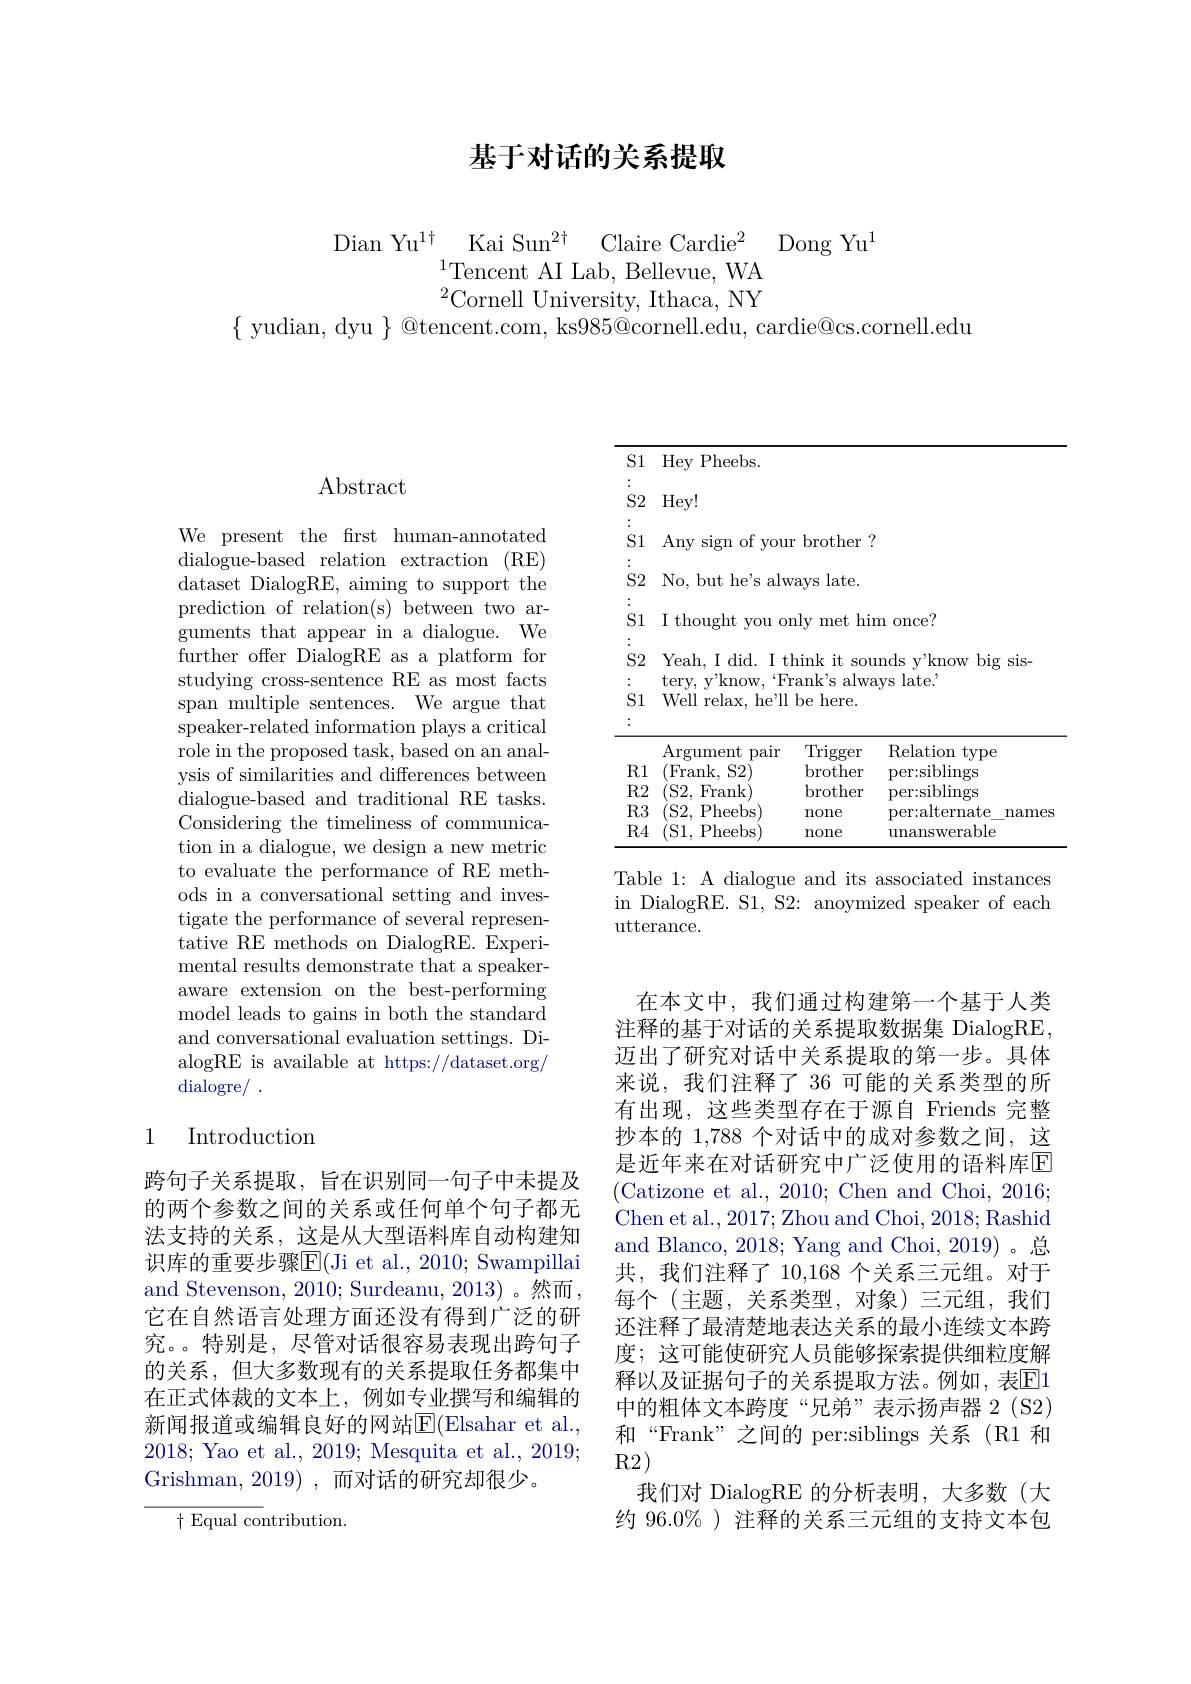
# 基于对话的关系提取

$^{2}$Cornell University, Ithaca, NY
$\{$ yudian, dyu $\}$ @tencent.com, ks$985@$cornell.edu, cardie@cs.cornell.edu

# Abstract

We present the frst human-annotated dialogue-based relation extraction (RE) dataset DialogRE, aiming to support the prediction of relation(s) between two arguments that appear in a dialogue. We further offer DialogRE as a platform for studying cross-sentence RE as most facts span multiple sentences. We argue that ${\mathrm{speaker-related~information~plays~a~critical}}$ role in the proposed task, based on an analysis of similarities and differences between dialogue-based and traditional RE tasks. Considering the timeliness of communication in a dialogue, we design a new metric to evaluate the performance of RE methods in a conversational setting and investigate the performance of several representative RE methods on DialogRE. Experimental results demonstrate that a speakeraware extension on the best-performing model leads to gains in both the standard and conversational evaluation settings. DialogRE is available at https://dataset.org/ dialogre/ .

# 1 Introduction

跨句子关系提取，旨在识别同一句子中未提及的两个参数之间的关系或任何单个句子都无法支持的关系，这是从大型语料库自动构建知识库的重要步骤$\overline{\mathrm{E}}($Ji et al., 2010; Swampillai and Stevenson, 2010; Surdeanu, 2013) 。然而， 它在自然语言处理方面还没有得到广泛的研究。。特别是，尽管对话很容易表现出跨句子的关系，但大多数现有的关系提取任务都集中在正式体裁的文本上，例如专业撰写和编辑的新闻报道或编辑良好的网站$\operatorname{E}($Elsahar et al., 2018; Yao et al., 2019; Mesquita et al., 2019; Grishman, 2019) , 而对话的研究却很少。
${\bar{\uparrow}\text{Equal contribution.}}$

<table>
	<tbody>
		<tr>
			<td>$S2$</td>
			<td>Hey! </td>
			<td> </td>
			<td> </td>
		</tr>
		<tr>
			<td>S1</td>
			<td>Any sign of fyou </td>
			<td>brother</td>
			<td> </td>
		</tr>
		<tr>
			<td>$S2$</td>
			<td>No, but h$e^{\prime }$s alw</td>
			<td>$late.$ $7ayS$</td>
			<td> </td>
		</tr>
		<tr>
			<td>S1</td>
			<td>I t thought you 0]</td>
			<td>nly hin met</td>
			<td>1 once? </td>
		</tr>
		<tr>
			<td>$S2$ S1</td>
			<td>Yeah, I did. $\mathbf{I}$ $It$ tery, y'know Well relax, he'll 1</td>
			<td>hink it SOl can$k^{\prime }$s alwa be here.</td>
			<td>nds y'know big sis- s late. </td>
		</tr>
		<tr>
			<td> </td>
			<td>$\operatorname{Argument}$ pair</td>
			<td>Trigger</td>
			<td>Relation type</td>
		</tr>
		<tr>
			<td>$R1$</td>
			<td>Frank, $S2$</td>
			<td>$\operatorname{brother}$</td>
			<td>per:siblings</td>
		</tr>
		<tr>
			<td>R2</td>
			<td>$S2$, Frank</td>
			<td>brother</td>
			<td>per:siblings</td>
		</tr>
		<tr>
			<td>$R3$</td>
			<td>(S2, Pheebs </td>
			<td>none</td>
			<td>per:alternate names</td>
		</tr>
		<tr>
			<td>$R4$</td>
			<td>(S1, Pheebs</td>
			<td>none</td>
			<td>unanswerable</td>
		</tr>
	</tbody>
</table>

Table 1: A dialogue and its associated instances in DialogRE. S1, S2: anoymized speaker of each utterance.

在本文中，我们通过构建第一个基于人类注释的基于对话的关系提取数据集 DialogRE, 迈出了研究对话中关系提取的第一步。具体来说，我们注释了 36 可能的关系类型的所有出现，这些类型存在于源自 Friends 完整抄本的 1,788 个对话中的成对参数之间，这是近年来在对话研究中广泛使用的语料库$\overline{\mathrm{E}}$ (Catizone et al., 2010; Chen and Choi, 2016; Chen et al., 2017; Zhou and Choi, 2018; Rashid and Blanco, 2018; Yang and Choi, 2019)。总共，我们注释了10，168个关系三元组。对于每个(主题，关系类型，对象)三元组，我们还注释了最清楚地表达关系的最小连续文本跨度；这可能使研究人员能够探索提供细粒度解释以及证据句子的关系提取方法。例如，表$\overline{\mathrm{E}}1$ 中的粗体文本跨度“兄弟”表示扬声器 2(S2) 和“Frank”之间的 per:siblings 关系(R1 和R2)
我们对 DialogRE 的分析表明，大多数(大约 96.0% ) 注释的关系三元组的支持文本包